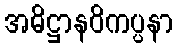
အဓိဋ္ဌာနဝိကပ္ပနာ